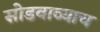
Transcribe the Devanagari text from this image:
सोडवाव्याच